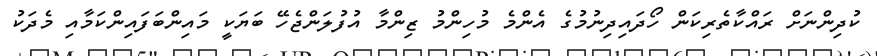
ކުދިންނަށް ރައްކާތެރިކަން ހޯދައިދިނުމުގެ އެންމެ މުހިންމު ޒިންމާ އުފުލަންޖެހޭ ބަޔަކީ މައިންބަފައިންކަމާއި މެދަކު